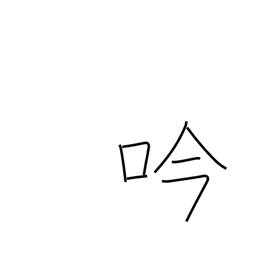
Meaning: singing